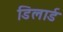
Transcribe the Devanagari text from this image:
डिलार्ड